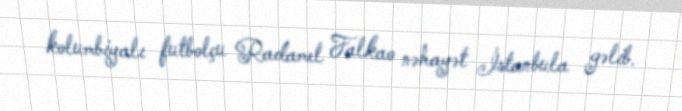
kolumbiyalı futbolçu Radamel Falkao nəhayət İstanbula gəlib.